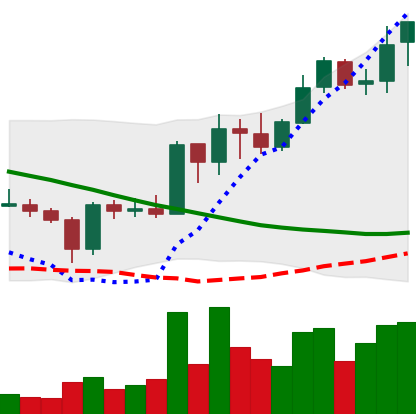
Ticker: ADA-USD
Chart end date: 2019-03-20
Forward return: 9.527%
Label: up_7plus